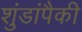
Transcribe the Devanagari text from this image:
शुंडांपैकी